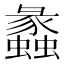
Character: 蠡